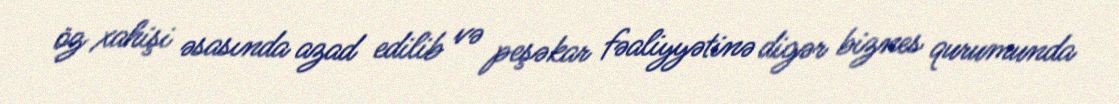
öz xahişi əsasında azad edilib və peşəkar fəaliyyətinə digər biznes qurumunda